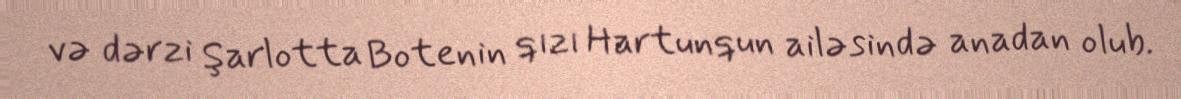
və dərzi Şarlotta Botenin qızı Hartunqun ailəsində anadan olub.